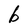
Character: b